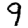
Digit: 9